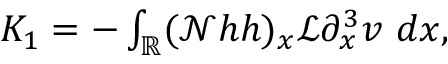
\begin{array} { r } { K _ { 1 } = - \int _ { \mathbb R } ( \mathscr { N } h h ) _ { x } \mathscr { L } \partial _ { x } ^ { 3 } v \ d x , } \end{array}